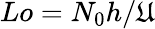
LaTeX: Lo=N_{0}h/\mathfrak{U}